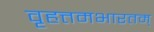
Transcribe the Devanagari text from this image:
वृहत्तमभारतम्